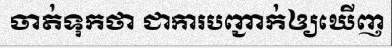
ចាត់ទុកថា ជាការបញ្ជាក់ឲ្យឃើញ